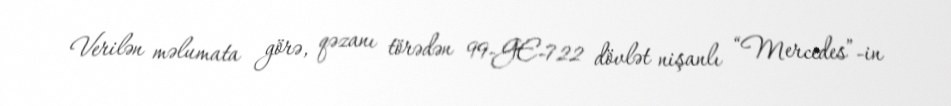
Verilən məlumata görə, qəzanı törədən 99-GE-722 dövlət nişanlı “Mercedes”-in